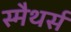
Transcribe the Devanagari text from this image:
स्मैथर्स